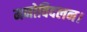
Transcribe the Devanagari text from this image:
मनोविदलन।